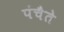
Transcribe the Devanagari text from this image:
पंचैते